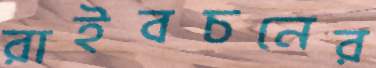
রাইবচনের